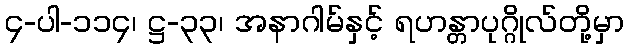
၄-ပါ-၁၁၄၊ ဋ္ဌ-၃၃၊ အနာဂါမ်နှင့် ရဟန္တာပုဂ္ဂိုလ်တို့မှာ